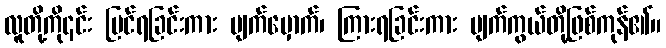
လူတို့ကို၎င်း မြင်ရခြင်းကား မျက်မှောက်၊ ကြားရခြင်းကား မျက်ကွယ်တို့ဖြစ်ကုန်၏။